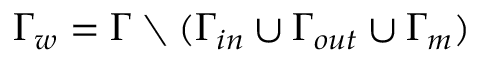
\Gamma _ { w } = \Gamma \setminus ( \Gamma _ { i n } \cup \Gamma _ { o u t } \cup \Gamma _ { m } )